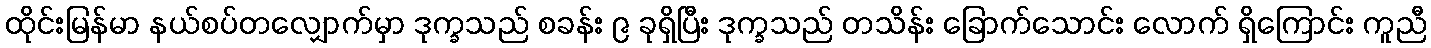
ထိုင်းမြန်မာ နယ်စပ်တလျှောက်မှာ ဒုက္ခသည် စခန်း ၉ ခုရှိပြီး ဒုက္ခသည် တသိန်း ခြောက်သောင်း လောက် ရှိကြောင်း ကူညီ